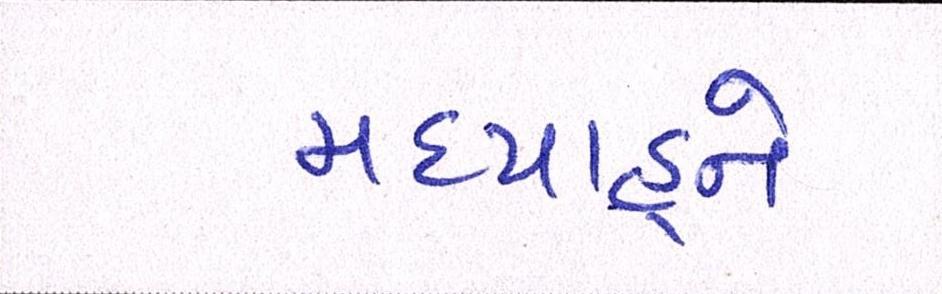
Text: મધ્યાહ્ને